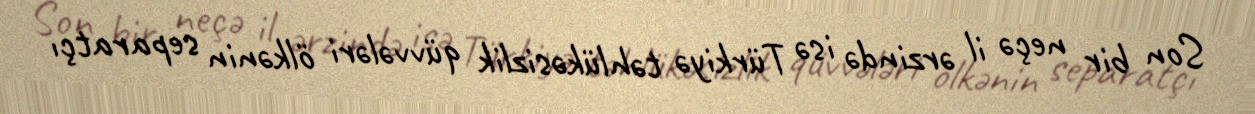
Son bir neçə il ərzində isə Türkiyə təhlükəsizlik qüvvələri ölkənin separatçı